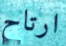
ارتاح